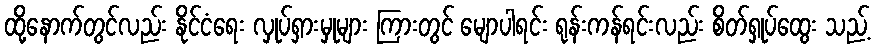
ထို့နောက်တွင်လည်း နိုင်ငံရေး လှုပ်ရှားမှုများ ကြားတွင် မျောပါရင်း ရုန်းကန်ရင်းလည်း စိတ်ရှုပ်ထွေး သည့်